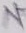
Text: N